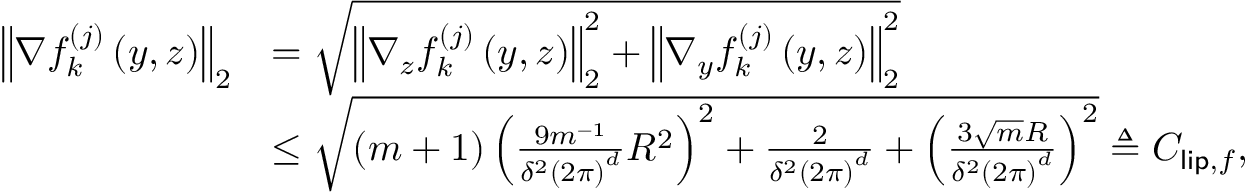
\begin{array} { r l } { \left\Vert \nabla f _ { k } ^ { ( j ) } \left( y , z \right) \right\Vert _ { 2 } } & { = \sqrt { \left\Vert \nabla _ { z } f _ { k } ^ { ( j ) } \left( y , z \right) \right\Vert _ { 2 } ^ { 2 } + \left\Vert \nabla _ { y } f _ { k } ^ { ( j ) } \left( y , z \right) \right\Vert _ { 2 } ^ { 2 } } } \\ & { \leq \sqrt { \left( m + 1 \right) \left( \frac { 9 m ^ { - 1 } } { \delta ^ { 2 } \left( 2 \pi \right) ^ { d } } R ^ { 2 } \right) ^ { 2 } + \frac { 2 } { \delta ^ { 2 } \left( 2 \pi \right) ^ { d } } + \left( \frac { 3 \sqrt { m } R } { \delta ^ { 2 } \left( 2 \pi \right) ^ { d } } \right) ^ { 2 } } \triangleq C _ { \mathsf { l i p } , f } , } \end{array}